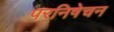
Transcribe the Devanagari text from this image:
परनिषेचन